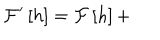
LaTeX: { \cal F } ^ { \prime } \left[ h \right] = { \cal F } \left[ h \right] +